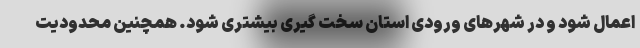
اعمال شود و در شهرهای ورودی استان سخت گیری بیشتری شود. همچنین محدودیت